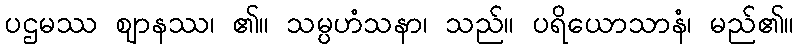
ပဌမဿ ဈာနဿ၊ ၏။ သမ္ပဟံသနာ၊ သည်။ ပရိယောသာနံ၊ မည်၏။